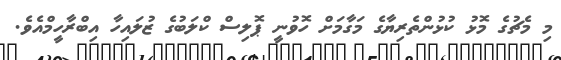
މި މެޗުގެ މޮޅު ކުޅުންތެރިޔާގެ މަގާމަށް ހޮވުނީ ޕޮލިސް ކްލަބުގެ ޒުލައިހާ އިބްރާހީމްއެވެ.